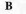
B